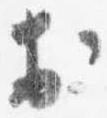
於